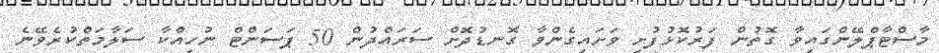
މާސްޓާޕްލޭންގައިވާ ގޮތުން ފަރުކޮޅުފުށި ވަށައިގެންވާ ގޮނޑުދޮށް ސަރައްދުން 50 ޕަސަންޓް ނުހިއްކާ ސަލާމަތްކުރެވޭނެ